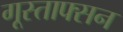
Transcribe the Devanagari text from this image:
गूस्ताफ्सन